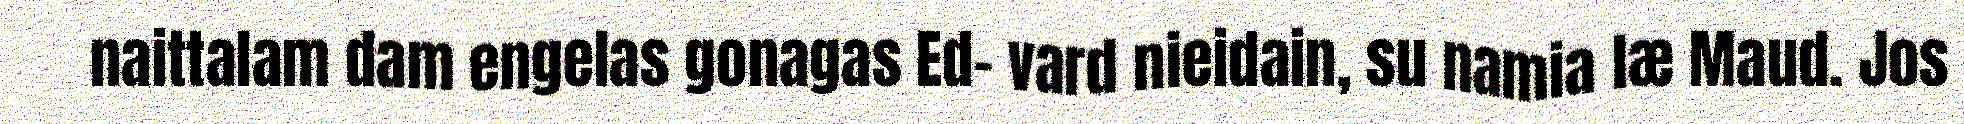
naittalam dam engelas gonagas Ed- vard nieidain, su namia læ Maud. Jos